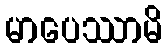
မာပေဿာမိ